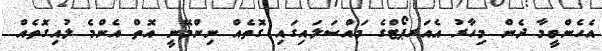
އެހެންވީމާ ދެން މިހާރު އެއަރޕޯޓްގެ މައްސަލައިގައި ގޮތެއް ނިންމޭނީ އޮތް އެންމެ ލުއިގޮތެއް